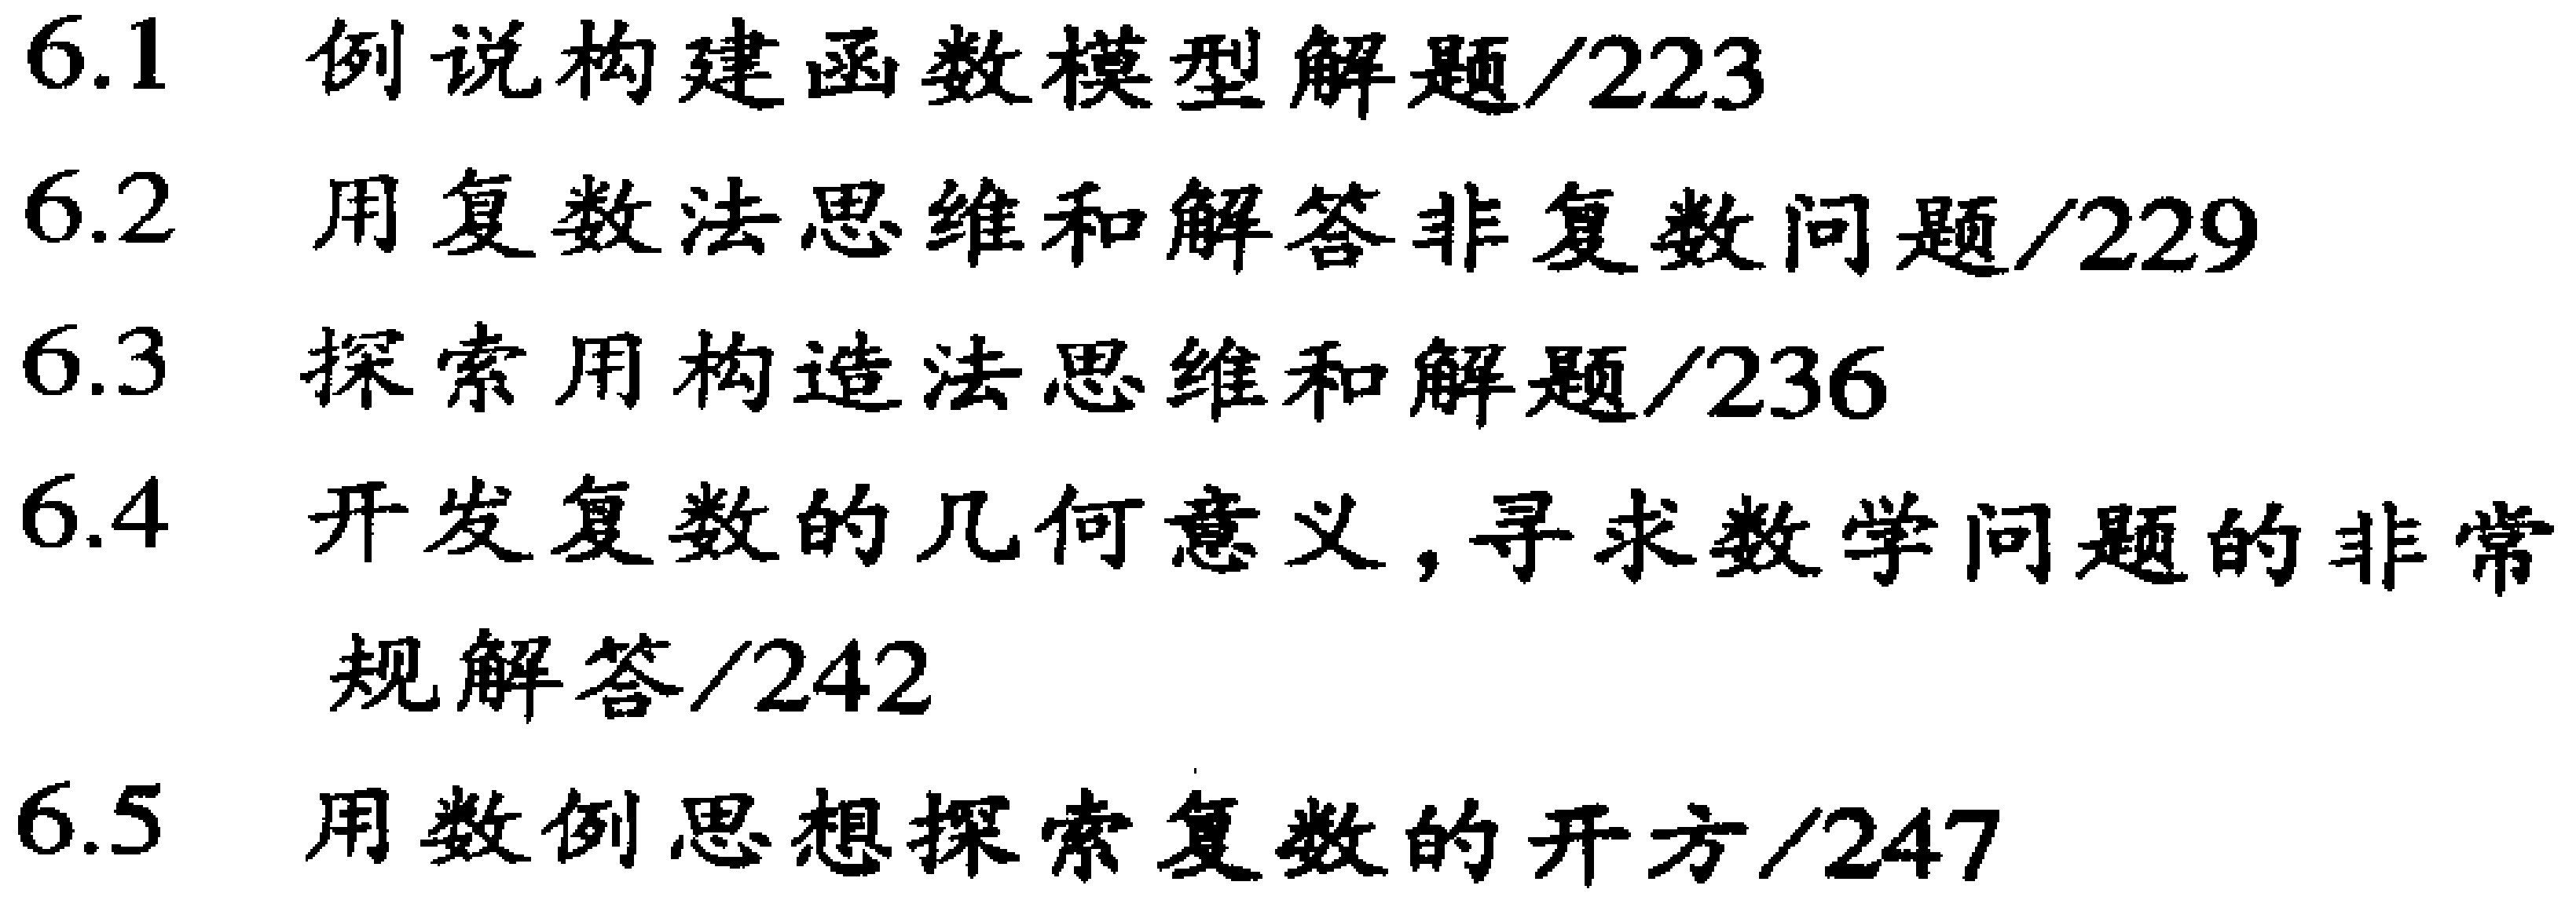
\begin{enumerate}

\item 例说构建函数模型解题/223

\item 用复数法思维和解答非复数问题/229

\item 探索用构造法思维和解题/236

\item 开发复数的几何意义，寻求数学问题的非常规解答/242

\item 用数例思想探索复数的开方/247

\end{enumerate}